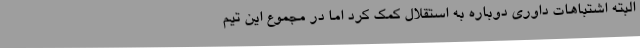
البته اشتباهات داوری دوباره به استقلال کمک کرد اما در مجموع این تیم